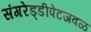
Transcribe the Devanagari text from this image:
संगरेड्डीपेटजवळ